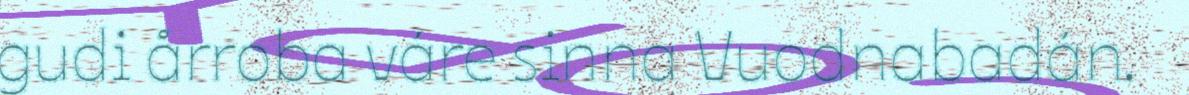
gudi årroba váre sinna Vuodnabadán.